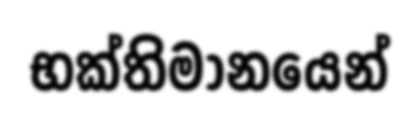
භක්තිමානයෙන්